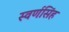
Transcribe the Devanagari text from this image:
स्वर्णसिंह